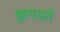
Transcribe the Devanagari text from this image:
झगडते